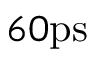
6 0 \mathrm { p s }